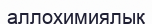
аллохимиялық